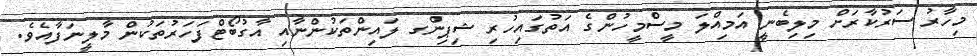
މިހާރު ސަރުކާރަށް މިލިބެނީ އަމިއްލަ މީސްމީހުންގެ އަތުގައިހުރި ޝިޕިންގ ލައިންތަކުންނާއި އާގުބޯޓްފަހަރުތަކުން މާލީނަފާއެވެ.